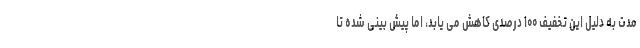
مدت به دلیل این تخفیف ۱۰۰ درصدی کاهش می یابد، اما پیش بینی شده تا